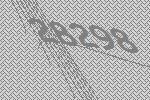
28298